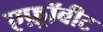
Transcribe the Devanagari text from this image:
एफ़्रॉबीट